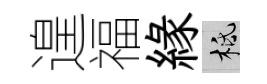
遑福緣柢